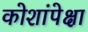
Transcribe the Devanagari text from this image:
कोशांपेक्षा